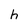
Character: h